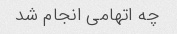
چه اتهامی انجام شد